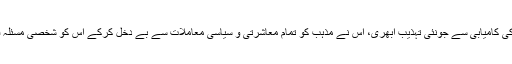
اس تحریک کی کامیابی سے جونئی تہذیب ابھری، اس نے مذہب کو تمام معاشرتی و سیاسی معاملات سے بے دخل کرکے اس کو شخصی مسئلہ قرار دے دیا۔